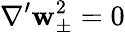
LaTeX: \nabla^{\prime}\boldsymbol{\mathbf{w}}_{\pm}^{2}=0